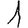
Digit: 1